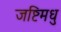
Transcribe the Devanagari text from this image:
जष्टिमधु